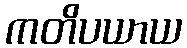
ကတိပယာယ